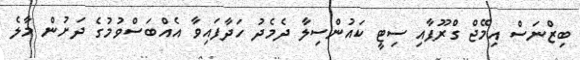
ބިޒްނަސް އިމޭޖް ގްރޫޕާއި ސިޓީ ކައުންސިލާ ދެމެދު ހަދާފައިވާ އެއްބަސްވުމުގެ ދަށުން މާލެ